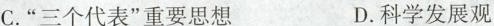
C.”三个代表”重要思想 D.科学发展观